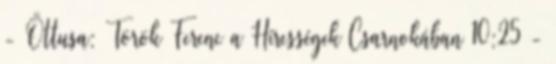
- Öttusa: Török Ferenc a Hírességek Csarnokában 10:25 -